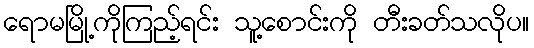
ရောမမြို့ကိုကြည့်ရင်း သူ့စောင်းကို တီးခတ်သလိုပ။